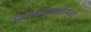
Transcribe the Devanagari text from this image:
स्निग्धपदार्थांमुळे